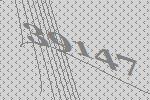
39147